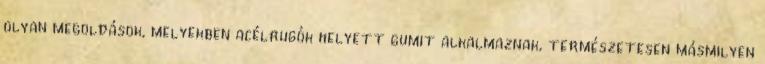
olyan megoldások, melyekben acélrugók helyett gumit alkalmaznak, természetesen másmilyen